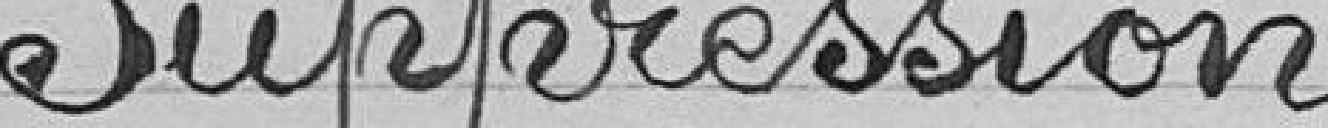
Suppression